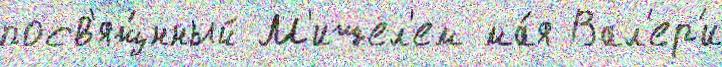
посв'ящ́нный М'ишел'ем ма́я Вал'ер'и